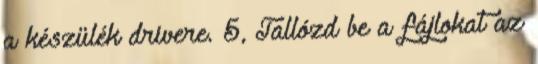
a készülék drivere. 5, Tallózd be a fájlokat az